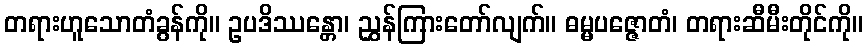
တရားဟူသောတံခွန်ကို။ ဥပဒိဿန္တော၊ ညွှန်ကြားတော်လျက်။ ဓမ္မပဇ္ဇောတံ၊ တရားဆီမီးတိုင်ကို။